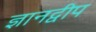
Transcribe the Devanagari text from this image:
ज्ञानद्वीप